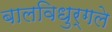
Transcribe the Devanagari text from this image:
बालविधुर्गले